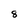
Character: 8